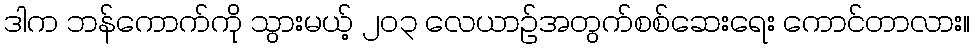
ဒါက ဘန်ကောက်ကို သွားမယ့် ၂၀၃ လေယာဉ်အတွက်စစ်ဆေးရေး ကောင်တာလား။